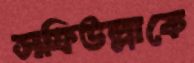
সফিউল্লাকে